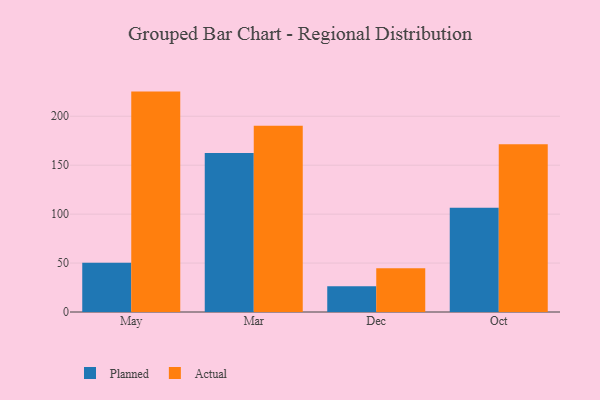
{"axis": {"x": "Month", "y": "Inventory Turnover"}, "legend": ["Actual", "Planned"], "data": [{"x": "May", "y": 50.4, "type": "Planned"}, {"x": "May", "y": 225.2, "type": "Actual"}, {"x": "Mar", "y": 162.5, "type": "Planned"}, {"x": "Mar", "y": 190.4, "type": "Actual"}, {"x": "Dec", "y": 26.3, "type": "Planned"}, {"x": "Dec", "y": 44.7, "type": "Actual"}, {"x": "Oct", "y": 106.5, "type": "Planned"}, {"x": "Oct", "y": 171.3, "type": "Actual"}]}